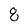
Character: 8